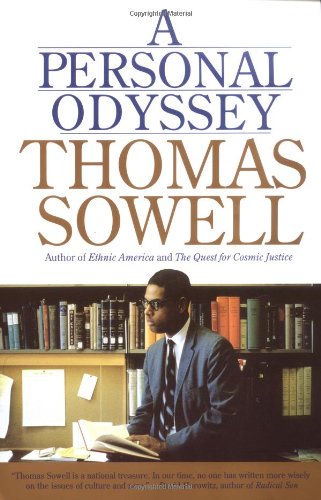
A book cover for A Personal Odyssey; Thomas Sowell; Biographies & Memoirs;